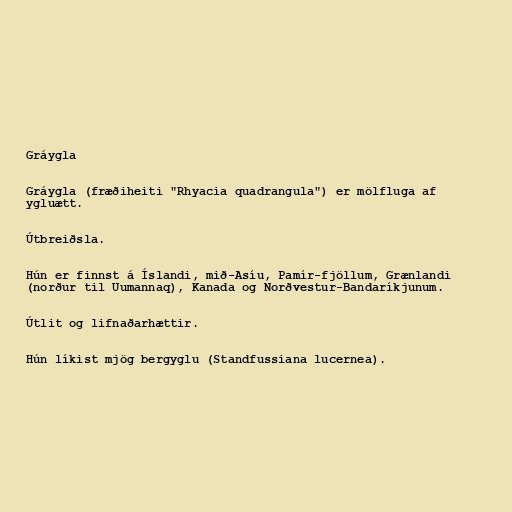
Gráygla

Gráygla (fræðiheiti "Rhyacia quadrangula") er mölfluga af
ygluætt.

Útbreiðsla.

Hún er finnst á Íslandi, mið-Asíu, Pamír-fjöllum, Grænlandi
(norður til Uumannaq), Kanada og Norðvestur-Bandaríkjunum.

Útlit og lifnaðarhættir.

Hún líkist mjög bergyglu (Standfussiana lucernea).